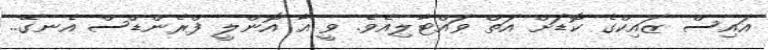
އައިސް ޒައިކްގެ ކޮޑަށް އަތް ވައްޓާލިއެވެ. ވީ އާ އޮންލީ ފްރެންޑްސް އެނގޭ..